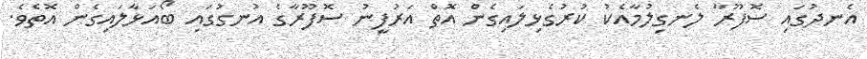
އެނދުގައި ސޮފޫރާ ލެނގިލުމާއެކު ކުރުގެޅިލައިގެން އޮތް އަރުފީނު ސޮފޫރާގެ އުނގުގައި ބޯއަޅާލައިގެން އޮތެވެ.